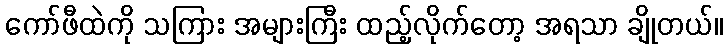
ကော်ဖီထဲကို သကြား အများကြီး ထည့်လိုက်တော့ အရသာ ချိုတယ်။